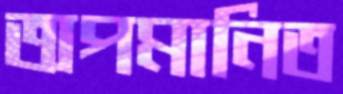
অপমানিত